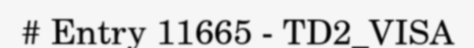
# Entry 11665 - TD2_VISA